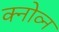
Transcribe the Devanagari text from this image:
क्नोव्न